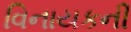
વિનાયકની